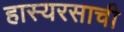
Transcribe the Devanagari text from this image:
हास्यरसाची